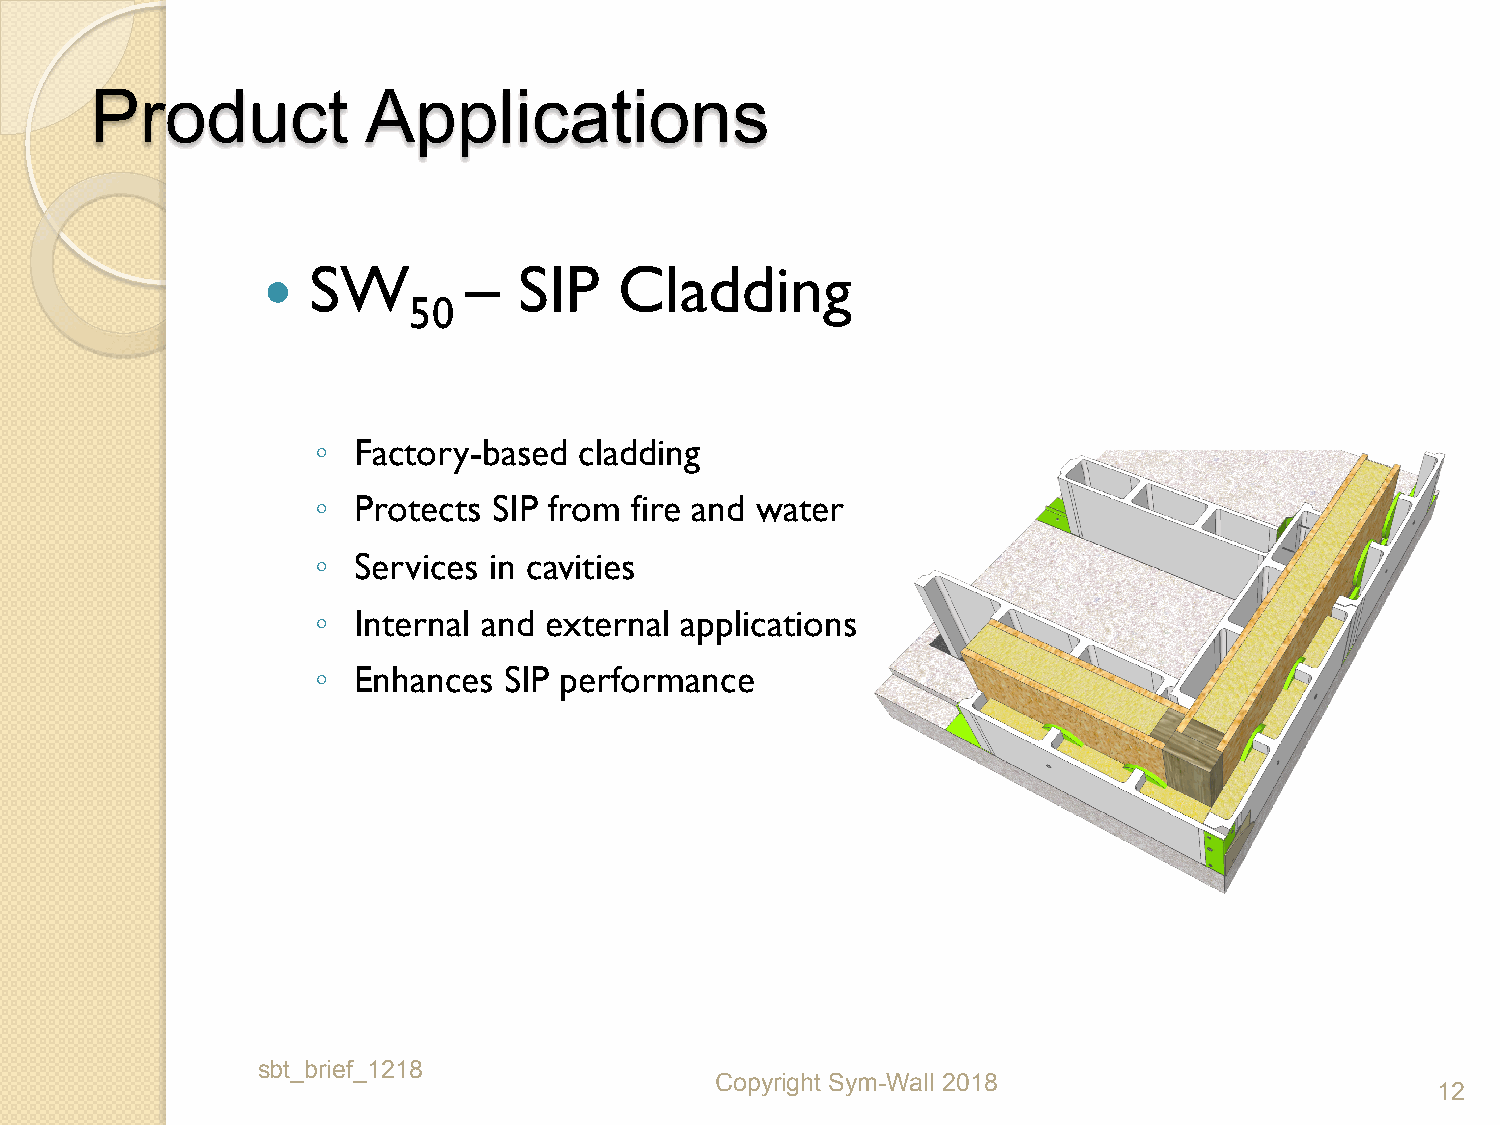
Product           Applications
 SW         –  SIP    Cladding
 
 50
 ◦ Factory-based  cladding
 ◦ Protects  SIP from fire and water
 ◦ Services in cavities
 ◦ Internal and external applications
 ◦ Enhances  SIP performance
 sbt_brief_1218
 Copyright Sym-Wall 2018
 12